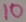
Text: 10